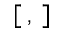
[ \, , \, ]